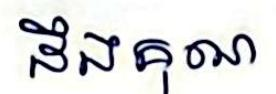
ដឹងគុណ